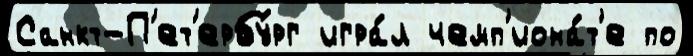
Санкт-П'ет'ербу́рг игра́л чемп'иона́т'е по